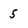
Character: 5